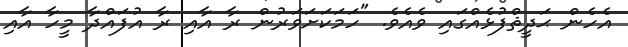
އެހެން ޙަދީޘްފުޅެއްގައި ވެއެވެ. "ހަމަކަށަވަރުން ރާ އާއި ރާ އުފައްދާ މީހާ އާއި